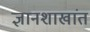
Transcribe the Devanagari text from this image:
ज्ञानशाखांत